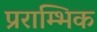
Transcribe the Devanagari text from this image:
प्रराम्भिक